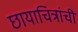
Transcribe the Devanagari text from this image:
छायाचित्रांची